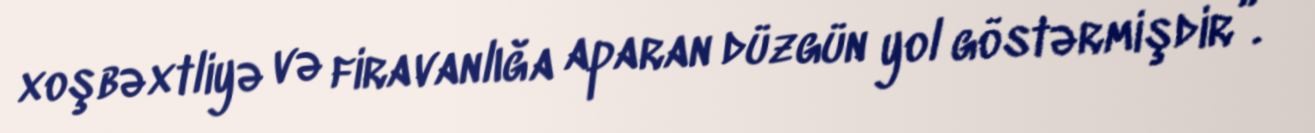
xoşbəxtliyə və firavanlığa aparan düzgün yol göstərmişdir”.